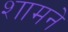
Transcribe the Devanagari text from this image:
शामने